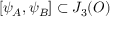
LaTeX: [ \psi _ { A } , \psi _ { B } ] \subset J _ { 3 } ( O )